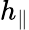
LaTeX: h_{\| }